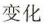
变化